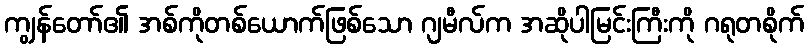
ကျွန်တော်၏ အစ်ကိုတစ်ယောက်ဖြစ်သော ဂျမီလ်က အဆိုပါမြင်းကြီးကို ဂရုတစိုက်